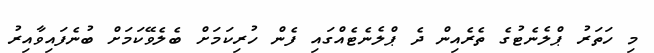
މި ހަތަރު ޕްލެނެޓުގެ ތެރެއިން ދެ ޕްލެނެޓެއްގައި ފެން ހުރިކަމަށް ބެލެވޭކަމަށް ބުނެފައިވާއިރު